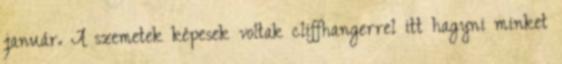
január. A szemetek képesek voltak cliffhangerrel itt hagyni minket